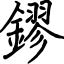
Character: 鏐